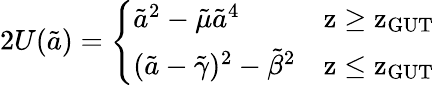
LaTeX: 2U(\tilde{a})=\left\{ \begin{array}{ll}{{{\tilde{a}}^{2}-{\tilde{\mu}}{\tilde{a}}^{4}\ \ \ }}&{{\mathrm{z\geq z_{GUT}}}}\\ {{(\tilde{a}-{\tilde{\gamma}})^{2}-{\tilde{\beta}}^{2}}}&{{\mathrm{z\leq z_{GUT}}}}\end{array}\right.